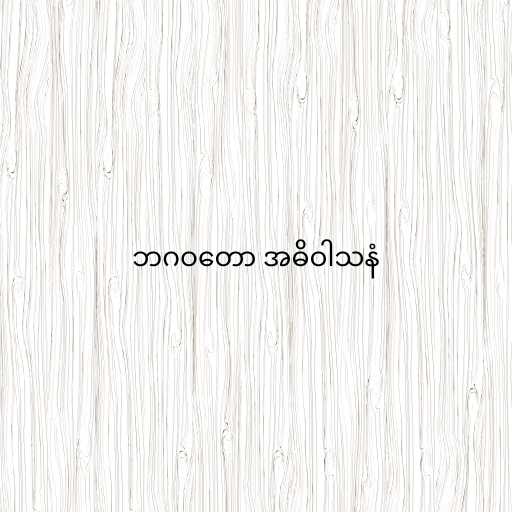
ဘဂဝတော အဓိဝါသနံ